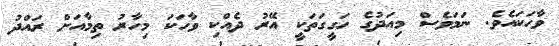
ވާހަކައެވެ. ނަމަވެސް މިއަދުގެ ހަގީގަތަކީ އޭރު ދެއްކި ވާހަކަ މިހާރު ތިމާއަށް ރައްދު